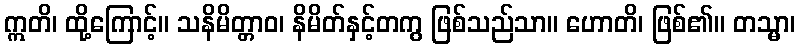
ဣတိ၊ ထို့ကြောင့်။ သနိမိတ္တာဝ၊ နိမိတ်နှင့်တကွ ဖြစ်သည်သာ။ ဟောတိ၊ ဖြစ်၏။ တသ္မာ၊